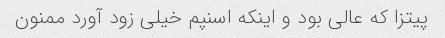
پیتزا که عالی بود و اینکه اسنپم خیلی زود آورد ممنون